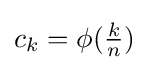
c_{k}=\phi ({\tfrac {k}{n}})